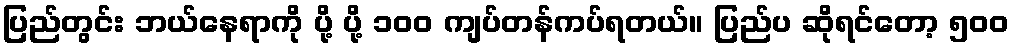
ပြည်တွင်း ဘယ်နေရာကို ပို့ ပို့ ၁၀၀ ကျပ်တန်ကပ်ရတယ်။ ပြည်ပ ဆိုရင်တော့ ၅၀၀